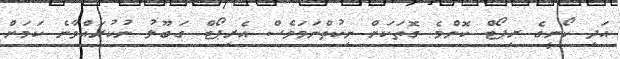
އަދި ކޯނީގެ ރިޕޯޓް ކޮންމެ ގޮތަކަށް ނިކުތްނަމަވެސް އެރިޕޯޓް ގަބޫލު ނުކުރައްވާނެ ކަމަށް